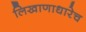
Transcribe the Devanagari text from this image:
लिखाणाधारेच